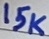
Text: 15K